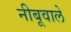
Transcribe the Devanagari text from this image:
नीबूवाले